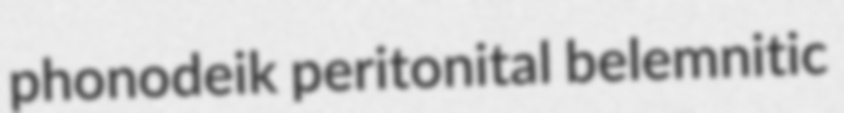
phonodeik peritonital belemnitic